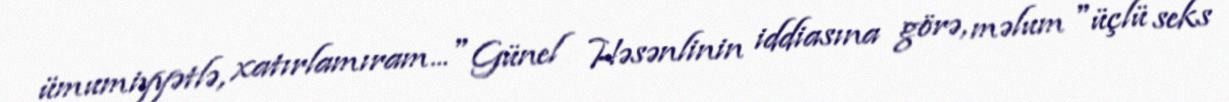
ümumiyyətlə, xatırlamıram..." Günel Həsənlinin iddiasına görə, məlum "üçlü seks